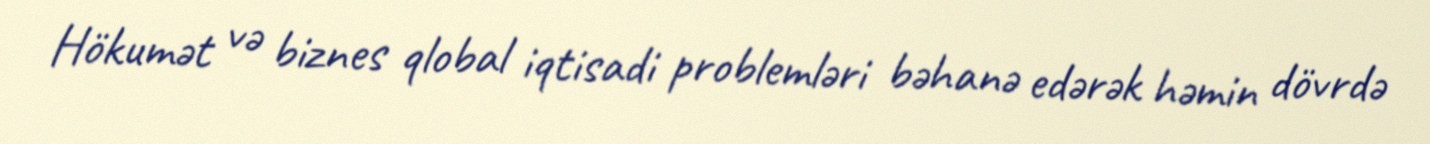
Hökumət və biznes qlobal iqtisadi problemləri bəhanə edərək həmin dövrdə